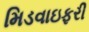
મિડવાઇફરી